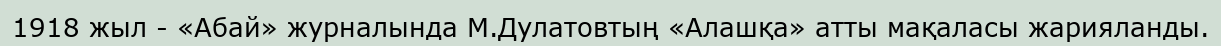
1918 жыл - «Абай» журналында М.Дулатовтың «Алашқа» атты мақаласы жарияланды.